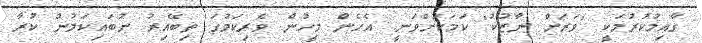
ގާއިމުކުރުމަކީ "ވަރަށް ނާޒުކު" ކަމަކަށްވަނީ. އެހެން މީހުން ވެރިކަމުގަ ތިބޭއިރު ނުބައިކަމުން ކުރާ